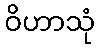
ဝိဟာသုံ